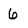
Character: 6